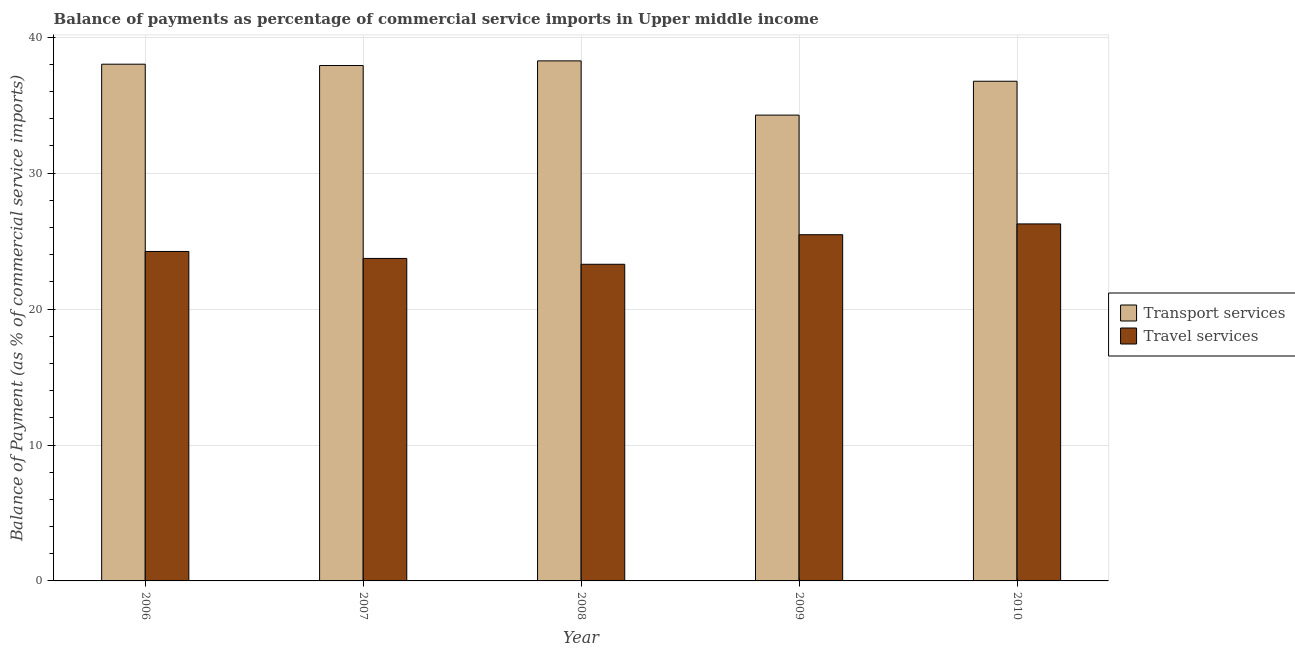
| Year | Transport services | Travel services |
 | --- | --- | --- |
 | 2006 | 38 | 24.2 |
 | 2007 | 37.9 | 23.7 |
 | 2008 | 38.3 | 23.3 |
 | 2009 | 34.3 | 25.5 |
 | 2010 | 36.8 | 26.3 |